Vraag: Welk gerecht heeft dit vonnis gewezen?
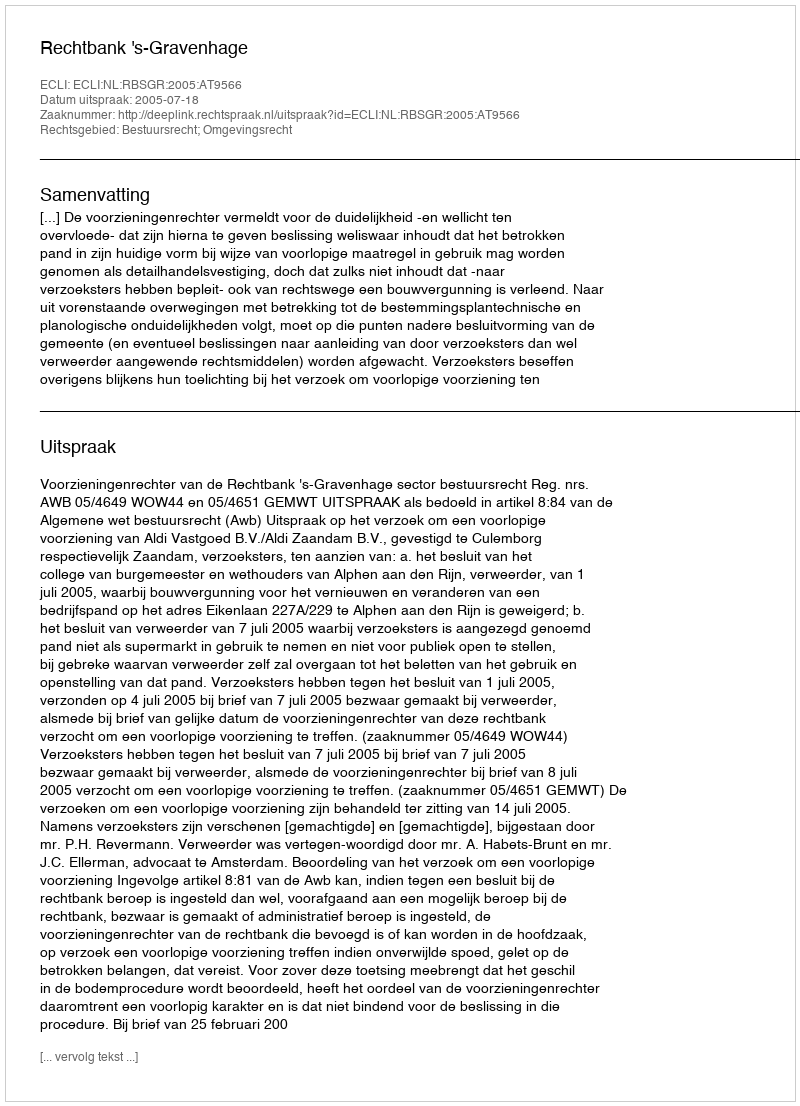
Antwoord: Rechtbank 's-Gravenhage